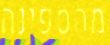
מהספינה